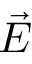
\vec { E }